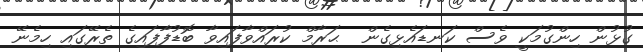
ގުޅުން ހިންގުމަކީ ވެސް ކަނޑައެޅިގެން  ޙަރާމް ކުރައްވާފައިވާ ބޮޑުފާފައިގެ ތެރޭގައި ހިމެނޭ